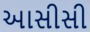
આસીસી